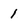
Character: 1